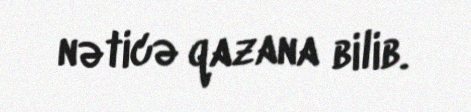
nəticə qazana bilib.